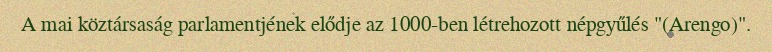
A mai köztársaság parlamentjének elődje az 1000-ben létrehozott népgyűlés "(Arengo)".